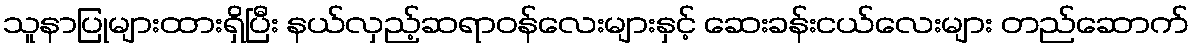
သူနာပြုများထားရှိပြီး နယ်လှည့်ဆရာဝန်လေးများနှင့် ဆေးခန်းငယ်လေးများ တည်ဆောက်